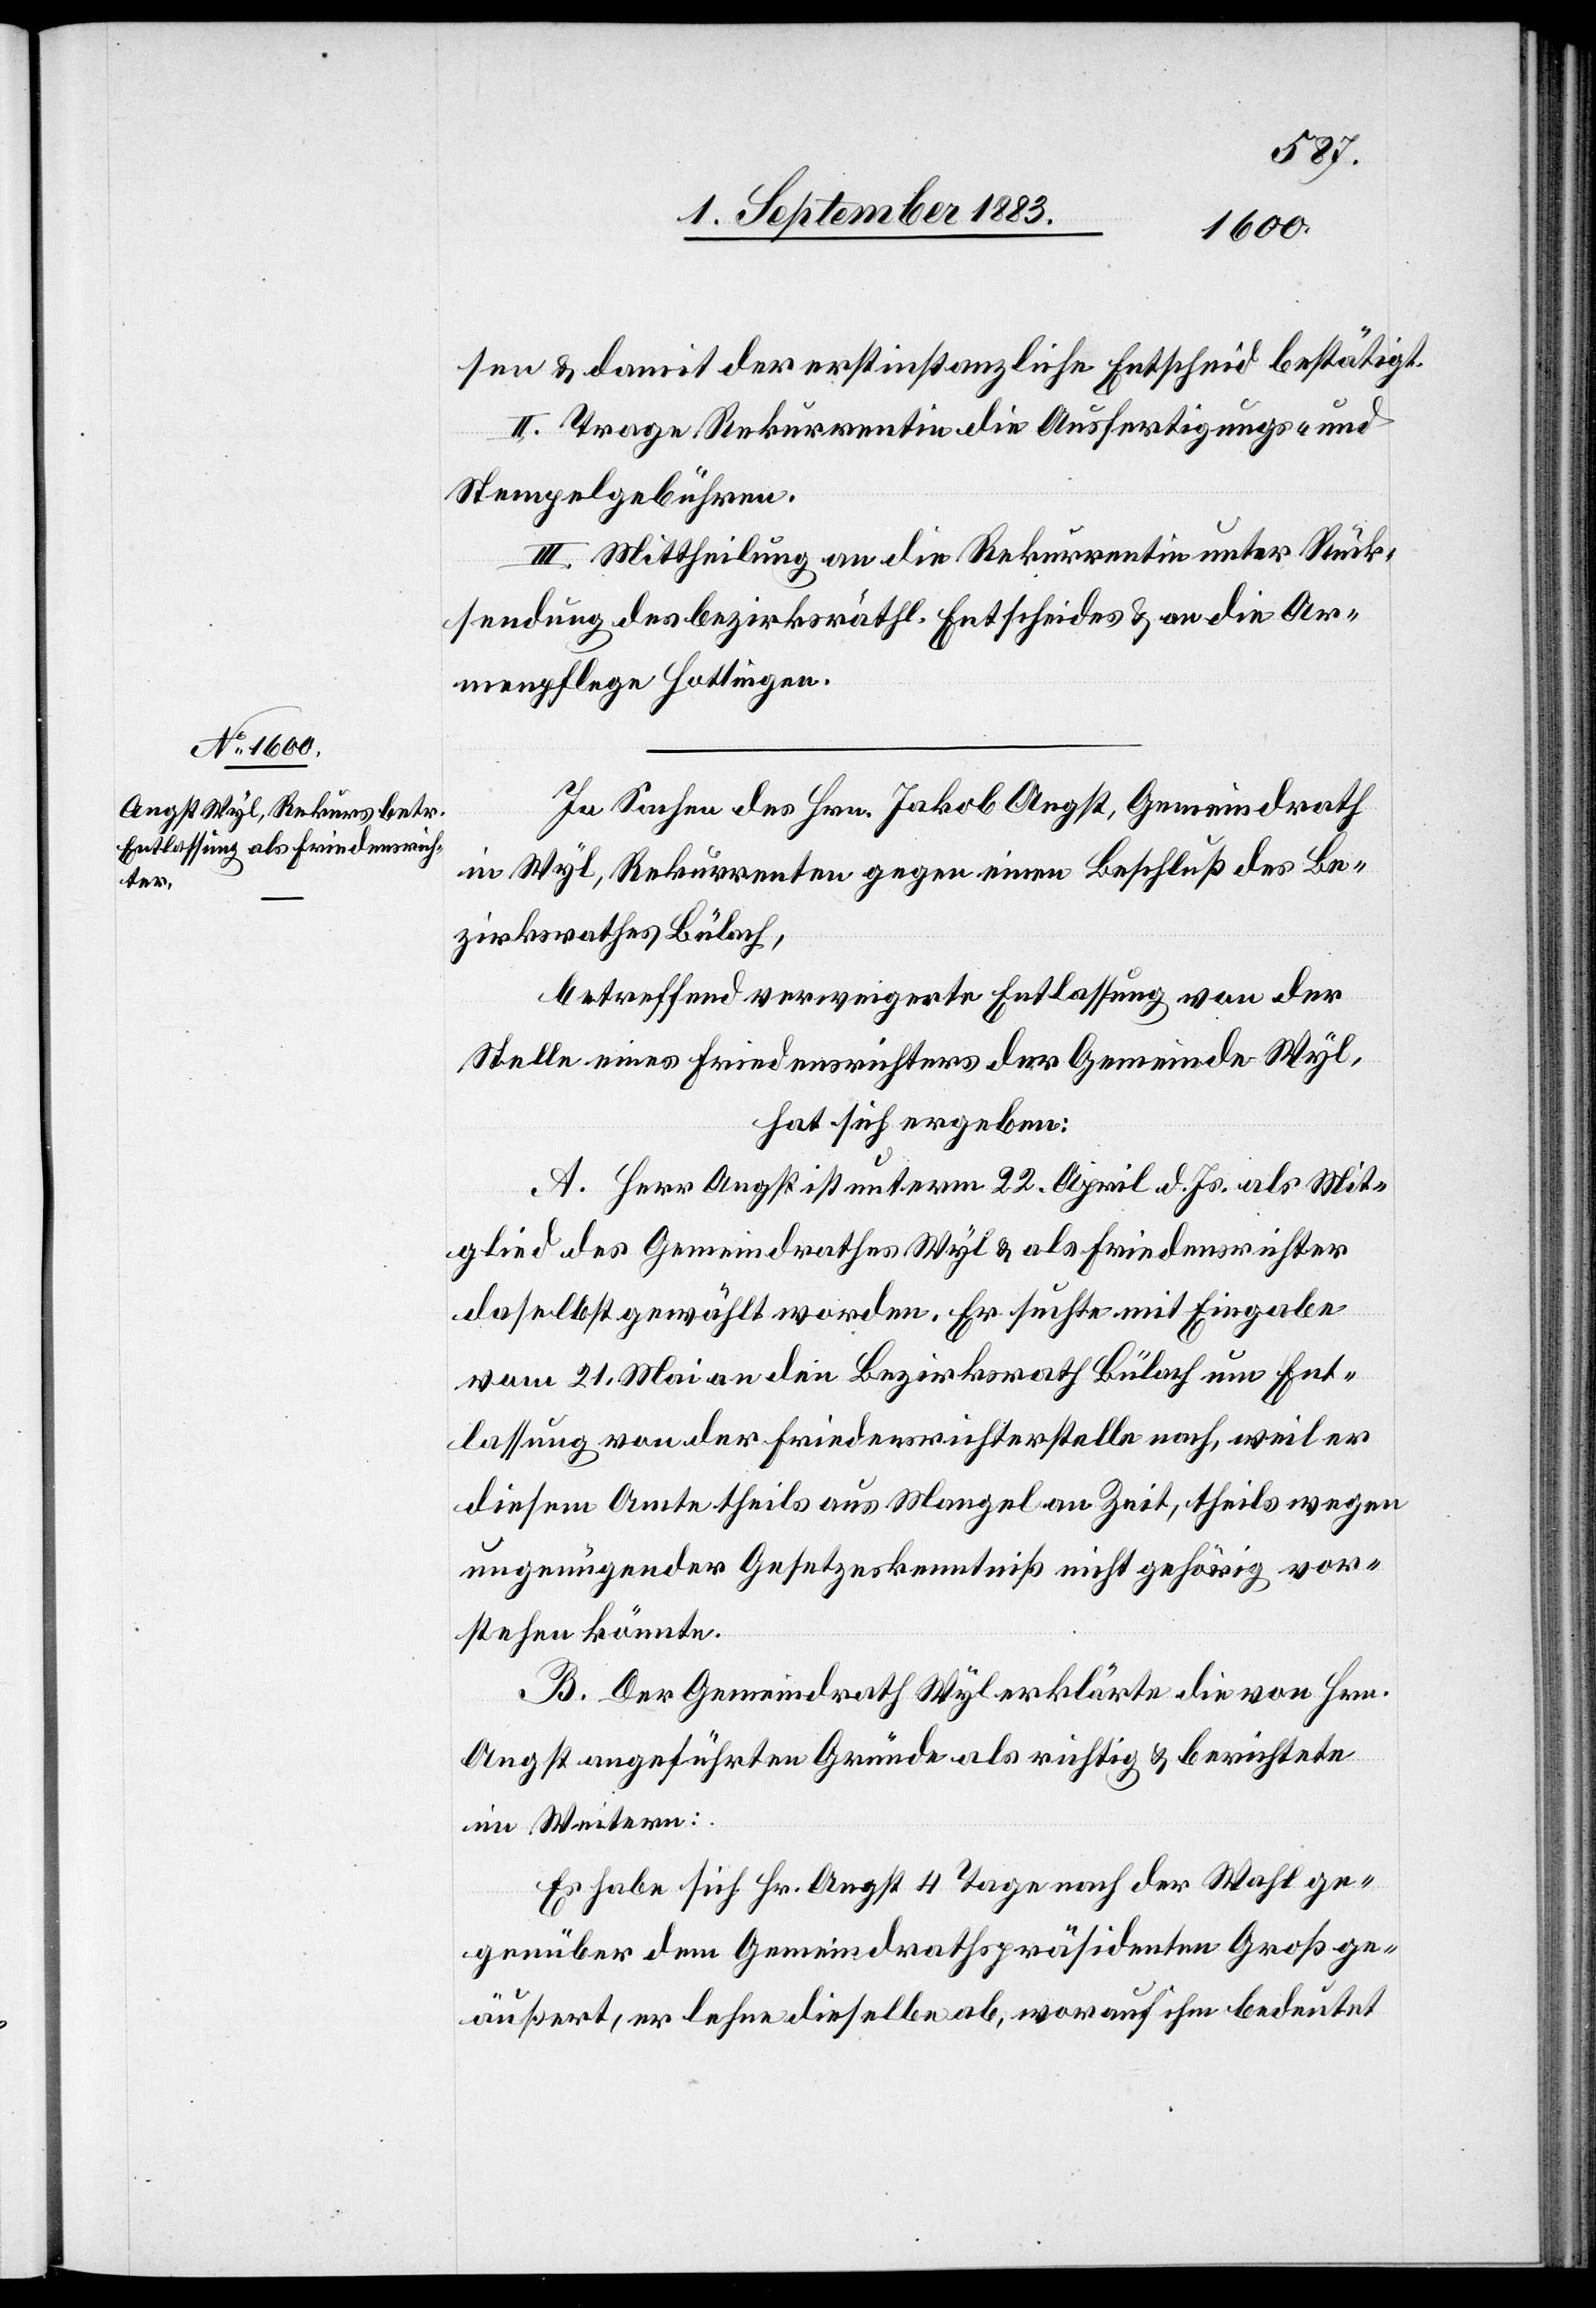
sen & damit der erstinstanzliche Entscheid bestätigt.
II. Trage Rekurrentin die Ausfertigungs- &
Stempelgebühren.
III. Mittheilung an die Rekurrentin unter Rück¬
sendung des bezirksräthl. Entscheides & an die Ar¬
menpflege Hottingen.
In Sachen des Hrn. Jakob Angst, Gemeindrath
in Wyl, Rekurrenten gegen einen Beschluß des Be¬
zirksrathes Bülach,
betreffend verweigerte Entlassung von der
Stelle eines Friedensrichters der Gemeinde Wyl,
hat sich ergeben:
A. Herr Angst ist unterm 22. April d. Js. als Mit¬
glied des Gemeindrathes Wyl & als Friedensrichter
daselbst gewählt worden. Er suchte mit Eingabe
vom 21. Mai an den Bezirksrath Bülach um Ent¬
lassung von der Friedensrichterstelle nach, weil er
diesem Amte theils aus Mangel an Zeit, theils wegen
ungenügender Gesetzeskenntniß nicht gehörig vor¬
stehen könnte.
B. Der Gemeindrath Wyl erklärte die von Hrn.
Angst angeführten Gründe als richtig & berichtete
im Weitern:
Es habe sich Hr. Angst 4 Tage nach der Wahl ge¬
genüber dem Gemeindrathspräsidenten Groß ge¬
äußert, er lehne dieselbe ab, worauf ihm bedeutet